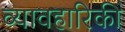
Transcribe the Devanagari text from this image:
व्यावहारिकी